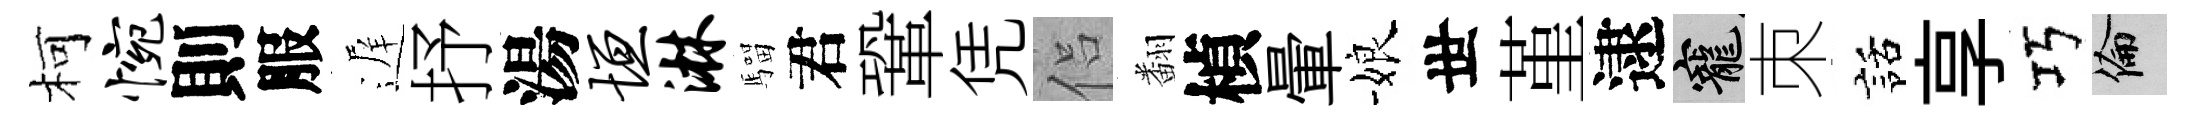
柯惋則服遅抒湯垣淋騮君鞏凭侣翻楨暈娘世堇逮寵朿話享巧倫